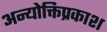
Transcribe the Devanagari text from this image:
अन्योक्तिप्रकाश